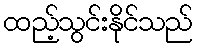
ထည့်သွင်းနိုင်သည်